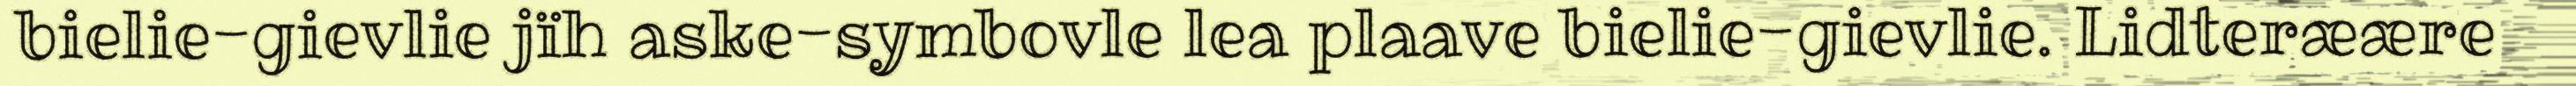
bielie-gievlie jïh aske-symbovle lea plaave bielie-gievlie. Lidteræære